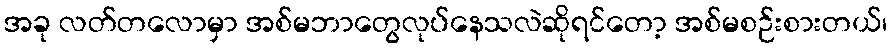
အခု လတ်တလောမှာ အစ်မဘာတွေလုပ်နေသလဲဆိုရင်တော့ အစ်မစဉ်းစားတယ်၊